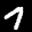
Label: 7